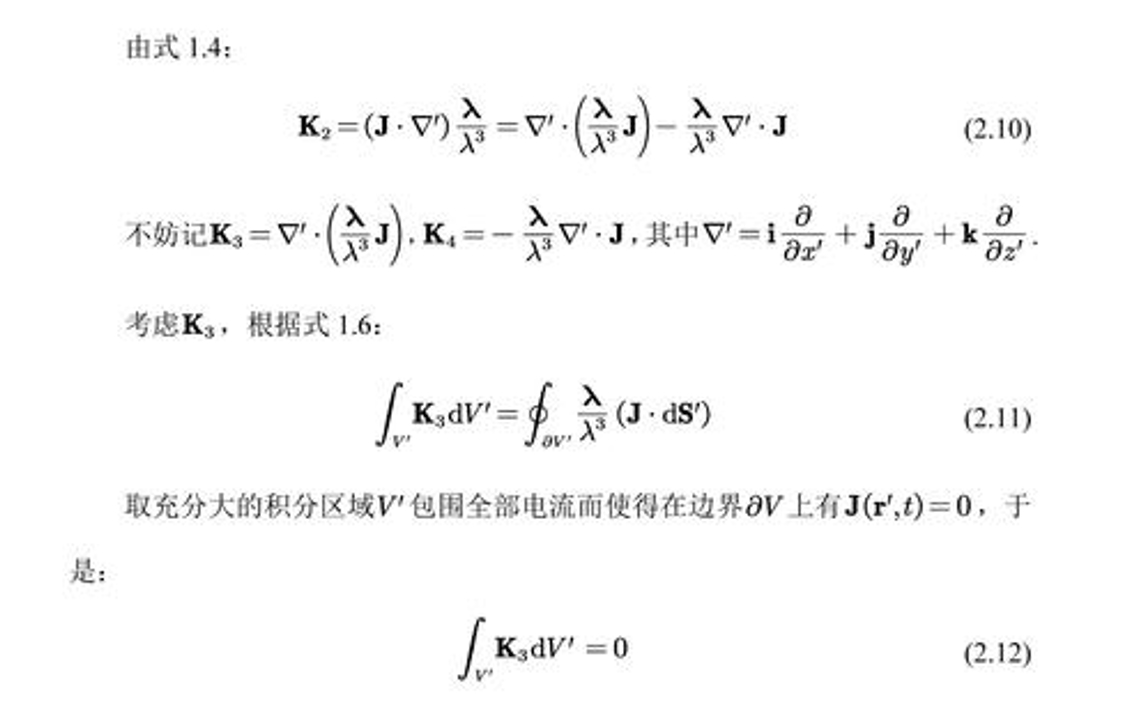
由式 \(1.4\)：
\[
\mathbf{K}_{2}=(\mathbf{J}\cdot\nabla')\frac{\lambda}{\lambda^{3}}=\nabla'\cdot\left(\frac{\lambda}{\lambda^{3}}\mathbf{J}\right)-\frac{\lambda}{\lambda^{3}}\nabla'\cdot\mathbf{J} \tag{2.10}
\]
不妨记\(\mathbf{K}_{3}=\nabla'\cdot\left(\frac{\lambda}{\lambda^{3}}\mathbf{J}\right), \mathbf{K}_{4}=-\frac{\lambda}{\lambda^{3}}\nabla'\cdot\mathbf{J}\)，其中\(\nabla'=\mathbf{i}\frac{\partial}{\partial x'}+\mathbf{j}\frac{\partial}{\partial y'}+\mathbf{k}\frac{\partial}{\partial z'}\)。
考虑\(\mathbf{K}_{3}\)，根据式 \(1.6\)：
\[
\int_{V'}\mathbf{K}_{3}\mathrm{d}V'=\oint_{\partial V'}\frac{\lambda}{\lambda^{3}}(\mathbf{J}\cdot\mathrm{d}\mathbf{S}') \tag{2.11}
\]
取充分大的积分区域\(V'\)包围全部电流而使得在边界\(\partial V\)上有\(\mathbf{J}(\mathbf{r}',t)=0\)，于是：
\[
\int_{V'}\mathbf{K}_{3}\mathrm{d}V' = 0 \tag{2.12}
\]